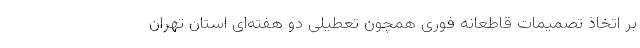
بر اتخاذ تصمیمات قاطعانه فوری همچون تعطیلی دو هفته‌ای استان تهران